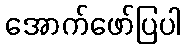
အောက်ဖော်ပြပါ